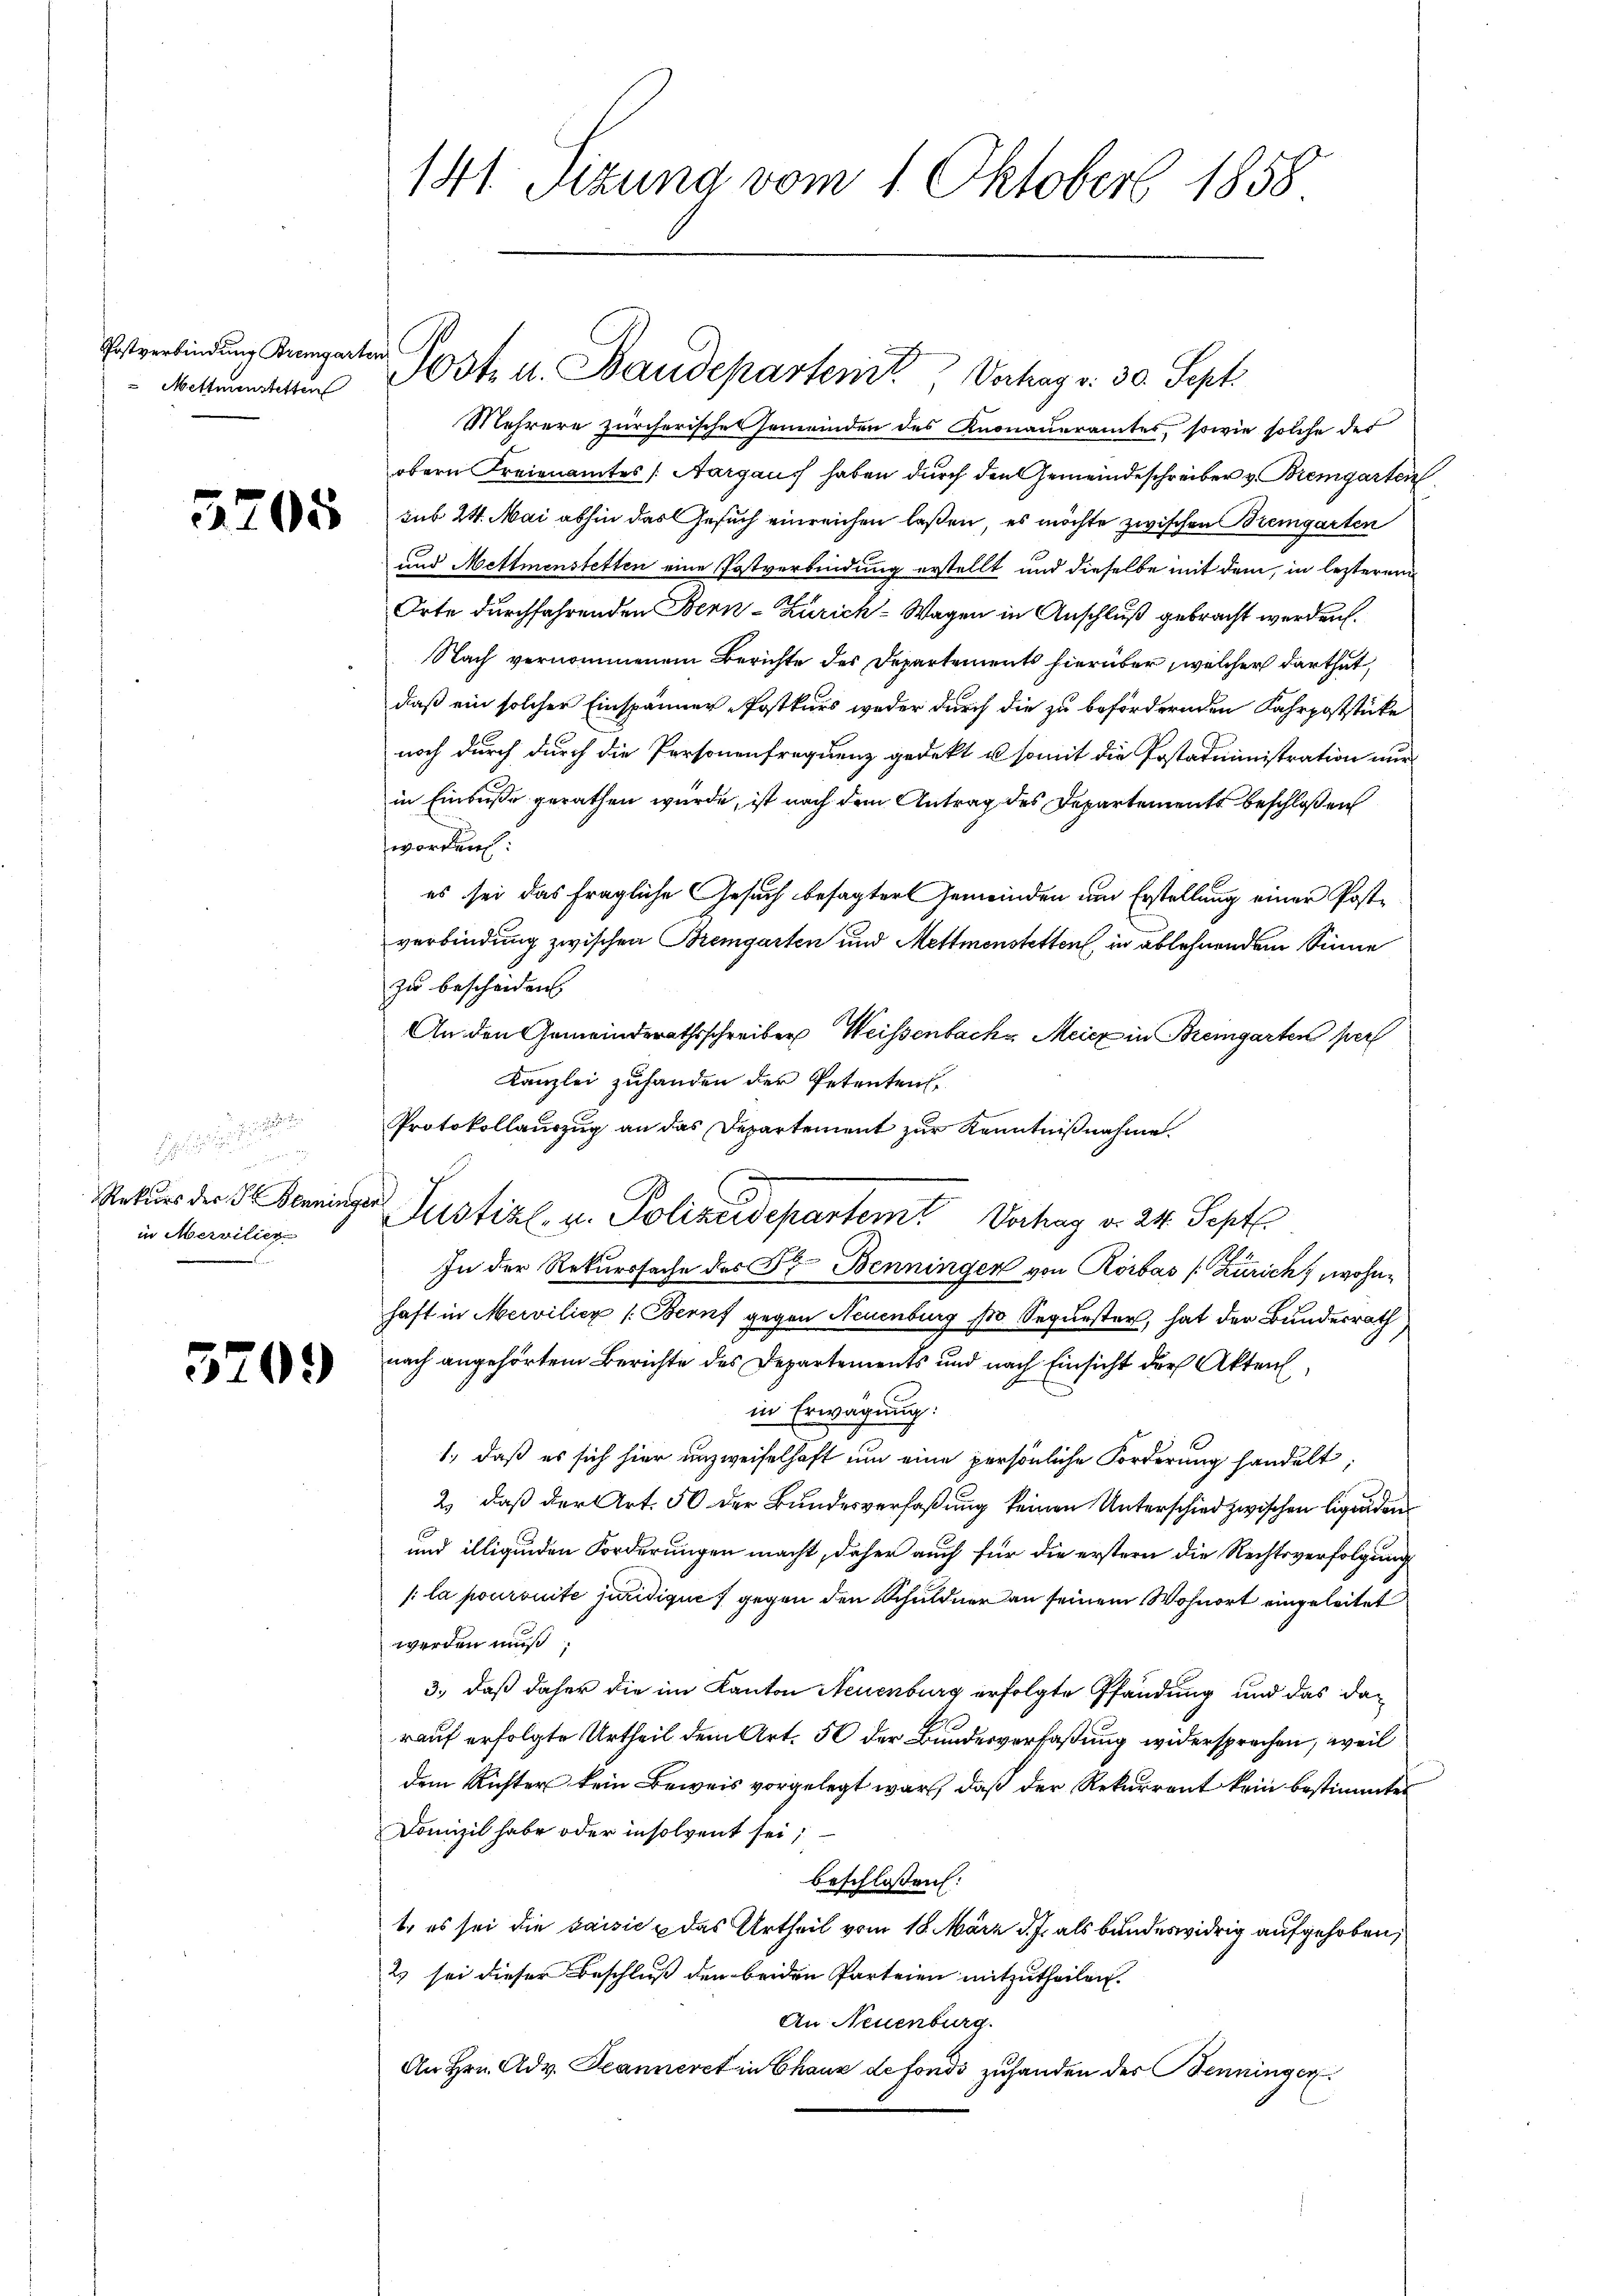
Postverbindung Bremgarten
 Mettmenstetten

5205

in Mervilier

5209

141. Sizung vom 1. Oktober 1858

Mehrere zürcherisches Gemeinden des Knonaueramtes, sowie solche der
obern Freienamtes (Aargaus haben durch den Gemeindeschreiber v. Bremgarten
sub 24. Mai abhin das Gesuch einreichen laßen, es möchte zwischen Bremgarten
und Mettmenstetten eine Postverbindung erstellt und dieselbe mit dem, in letzterem
Orte durchfahrenden Bern-Zürich-Wagen in Anschluß gebracht werden.
Nach vernommenem Berichte des Departements hierüber welcher darthut,
daß ein solcher Einspänner-Postkurs weder durch die zu befördernden Fahrpoststücke
noch durch durch die Personenfrequenz gedekt u. somit die Postadministration nur
in Einbuße gerathen würde, ist nach dem Antrag des Departements beschloßen
worden:
es sei das fragliche Gesuch besagter Gemeinden um Erstellung einer Postverbindung zwischen Bremgarten und Mettmenstetten, in ablehnendem Sinne
zu bescheiden
An den Gemeinderathsschreiber Weissenbache Meicz in Bremgarten per
Kanzlei zufanden der Petenten,
Protokollauszug an das Departement zur Kenntnißnahme
Rekurs der Benninger Justizl, u. Polizeidepartemt Vorhay d. 24. Sept
In der Rekurssache des Fr. Benninger von Rorbas (Zürich, wohnhaft in Mervilićz /: Bern gegen Neuenburg so Sequester, hat der Bundesrath
nach angehörtem Berichte des Departements und nach Einsicht der Akten
in Erwägung:
1., daß es sich hier unzweifelhaft um eine persönliche Forderung handelt;
2) daß der Art. 50 der Bundesverfaßung keinen Unterschied zwischen Eigenden
und illigenden Forderungen macht, daher auch für die erstern die Rechtsverfolgung
/: la poursuite juridique gegen den Schuldner an seinem Wohnort eingeleitet
werden muß;
3., daß daher die im Kanton Neuenburg erfolgte Pfändung und das darauf erfolgte Urtheil dem Art. 56 der Bundesverfaßung widersprechen, weil
dem Richter kein Beweis vorgelegt war, daß der Rekurrent kein bestimmtes
Domizil habe oder insolvent sei;
beschlossen:
t, es sei die saisić das Urtheil vom 18. März d. J. als bundeswidrig aufgehoben,
2 sei dieser Beschluß den beiden Parteien mitzutheilen.
An Neuenburg.
An Hrn. Adv. Teanneret in Chaux de fonds zuhanden des Benninger

Post u. Baudeparterit, Vertrag v. 30. Sept.